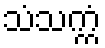
သံသက္ကံ